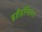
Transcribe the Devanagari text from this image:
इष्टैइन्डिया